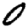
Digit: 0